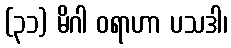
(၃၁) မိဂါ ဝရာဟာ ပသဒါ၊